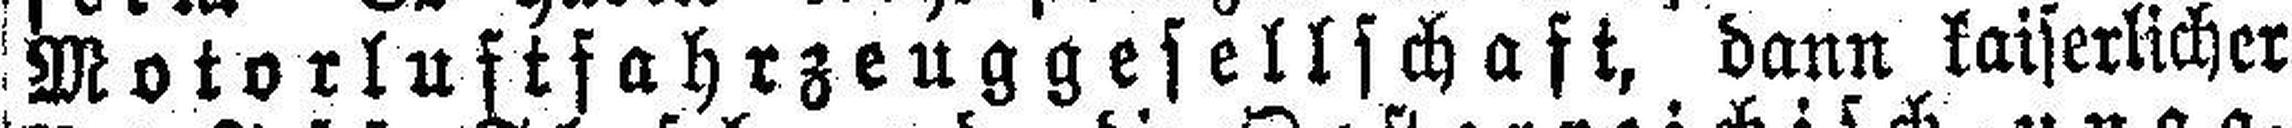
Motorluftfahrzeuggesellschaft, dann kaiserlicher